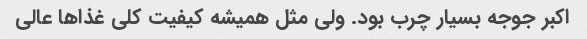
اکبر جوجه بسیار چرب بود. ولی مثل همیشه کیفیت کلی غذاها عالی